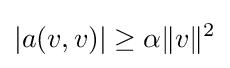
|a(v,v)|\geq \alpha \|v\|^{2}